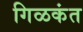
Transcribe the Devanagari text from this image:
गिळकंत